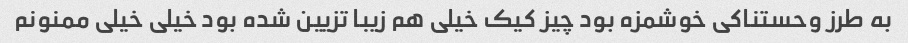
به طرز وحستناکی خوشمزه بود چیز کیک خیلی هم زیبا تزیین شده بود خیلی خیلی ممنونم